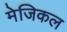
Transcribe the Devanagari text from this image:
मेजिकल